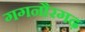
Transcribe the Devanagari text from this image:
गगनौरगढ़